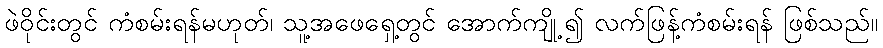
ဖဲဝိုင်းတွင် ကံစမ်းရန်မဟုတ်၊ သူ့အဖေရှေ့တွင် အောက်ကျို့၍ လက်ဖြန့်ကံစမ်းရန် ဖြစ်သည်။